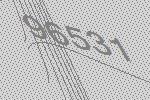
96531